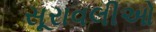
સૂરાવલીઓ